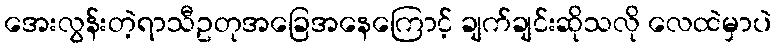
အေးလွန်းတဲ့ရာသီဥတုအခြေအနေကြောင့် ချက်ချင်းဆိုသလို လေထဲမှာပဲ